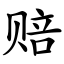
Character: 赔